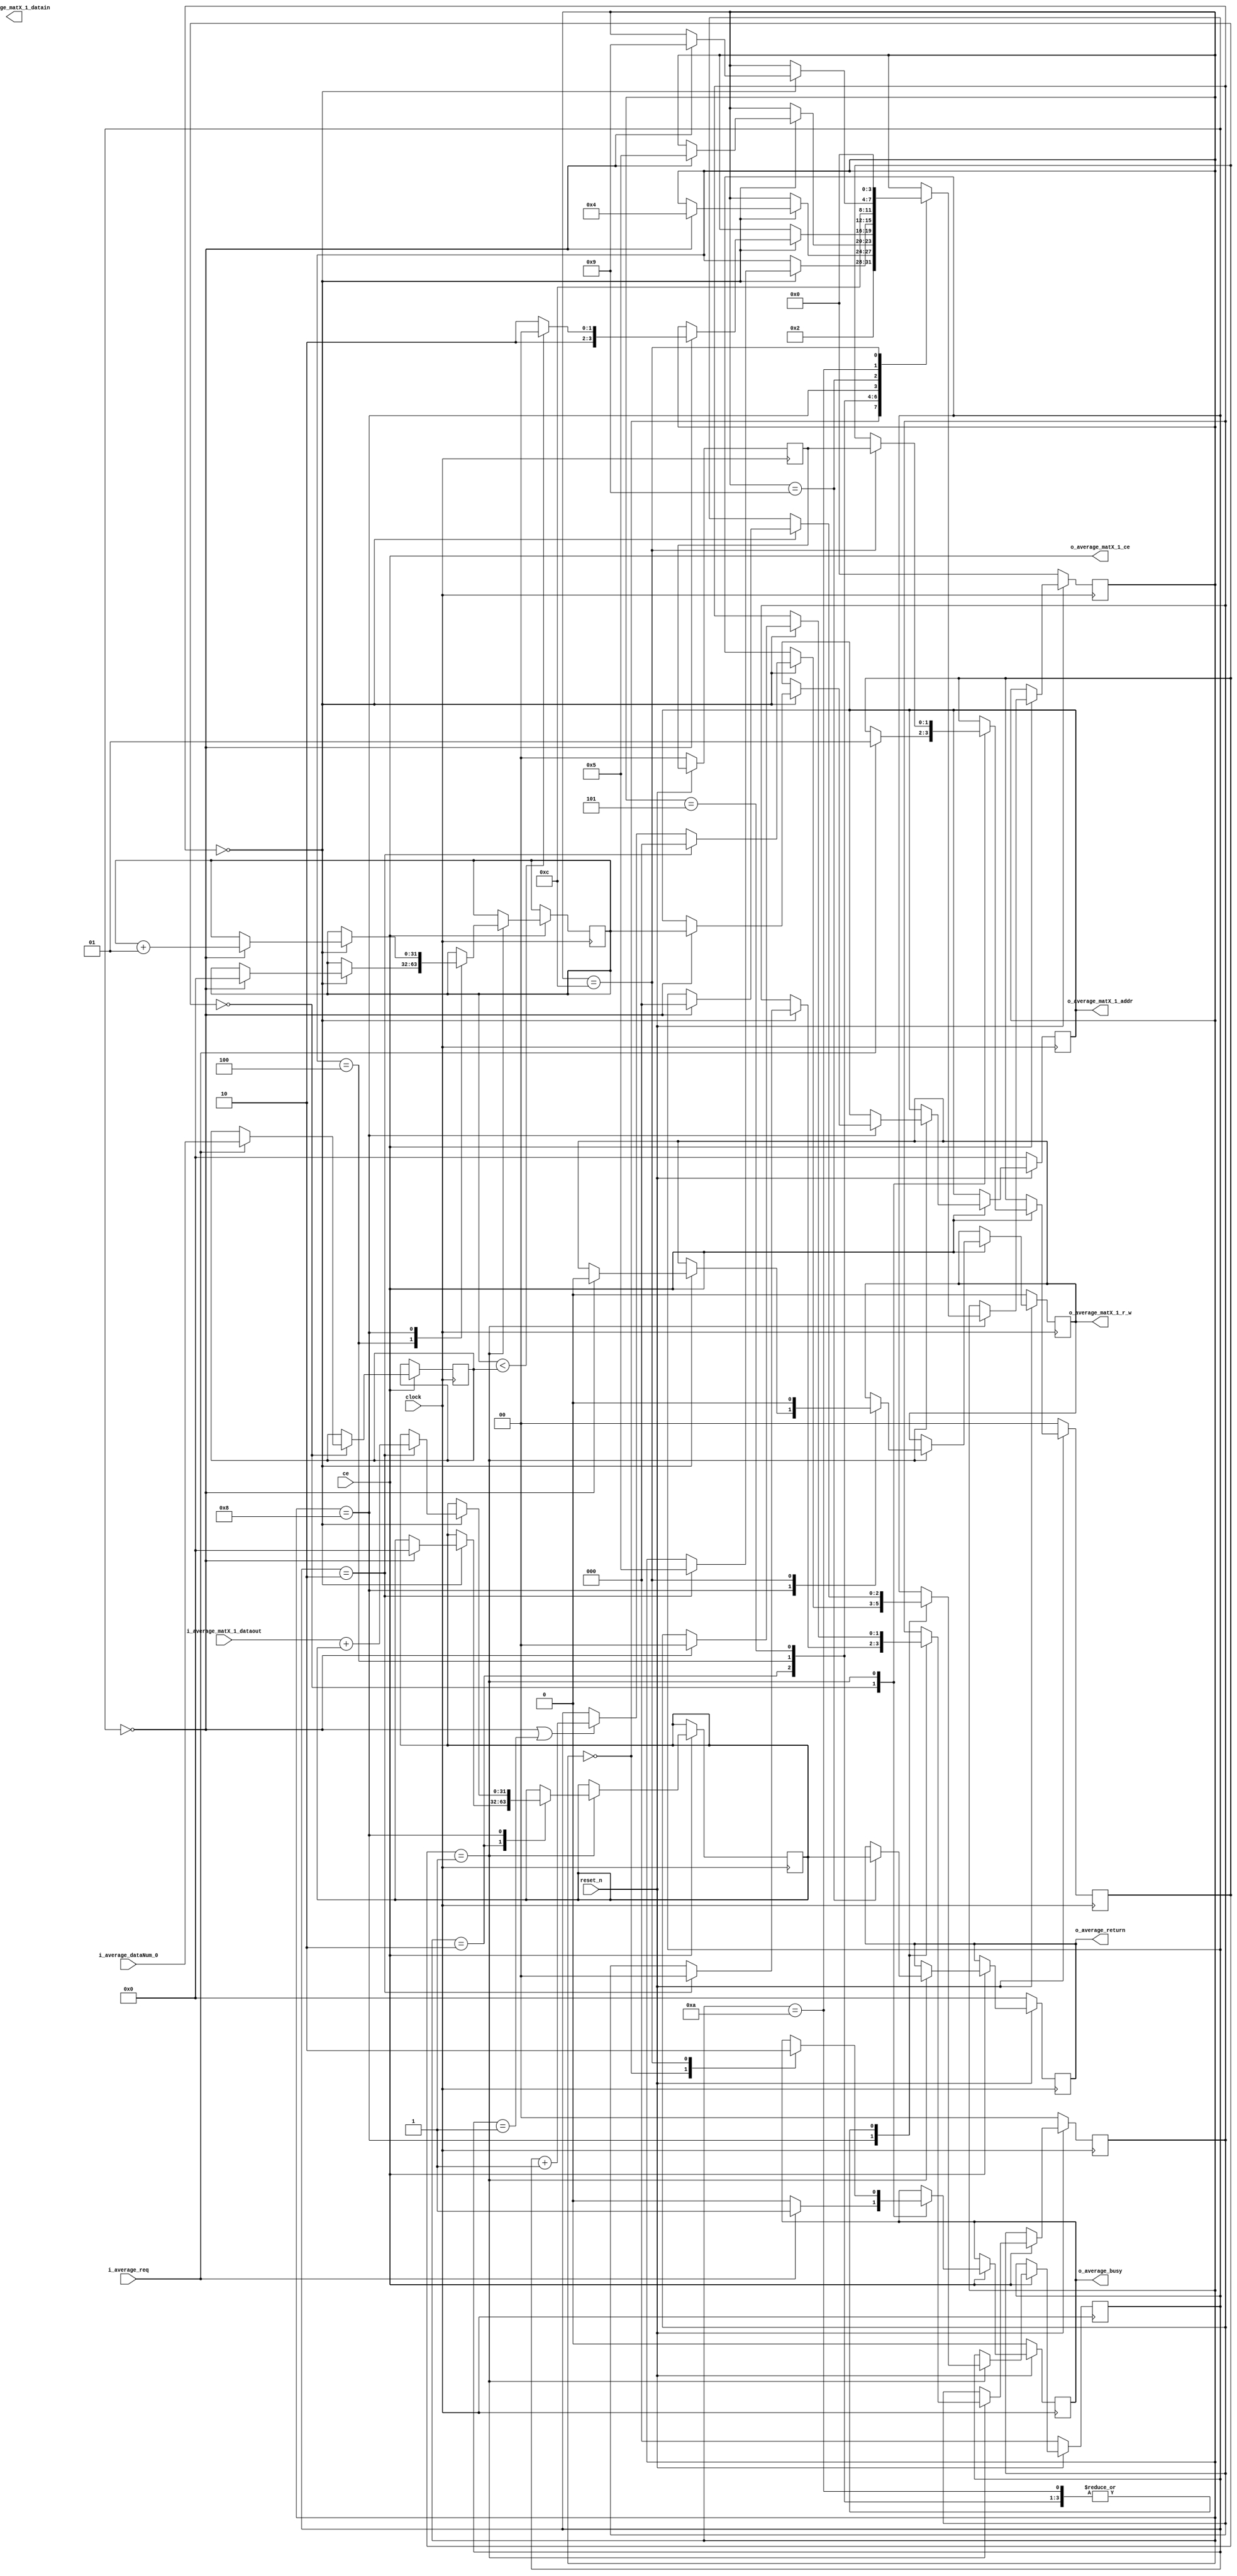
/*
TimeStamp:	2017/1/26		17:30
*/


module PE(
	input                 clock,	
	input                 reset_n,	
	input                 ce,	
	input                 i_average_req,	
	output                o_average_busy,	
	output signed  [31:0] o_average_return,	
	input  signed  [31:0] i_average_dataNum_0,	
	output signed  [31:0] o_average_matX_1_addr,	
	output signed  [31:0] o_average_matX_1_datain,	
	input  signed  [31:0] i_average_matX_1_dataout,	
	output                o_average_matX_1_r_w,	
	output                o_average_matX_1_ce	
);

	reg         [ 1:0] r_sys_processing_methodID;
	wire               w_sys_boolTrue;
	wire               w_sys_boolFalse;
	wire signed [31:0] w_sys_intOne;
	wire signed [31:0] w_sys_intZero;
	wire               w_sys_ce;
	reg  signed [31:0] r_sys_average_return;
	reg         [ 1:0] r_sys_average_caller;
	reg                r_sys_average_req;
	reg         [ 3:0] r_sys_average_phase;
	reg         [ 1:0] r_sys_average_stage;
	reg         [ 2:0] r_sys_average_step;
	reg                r_sys_average_busy;
	wire        [ 1:0] w_sys_average_stage_p1;
	wire        [ 2:0] w_sys_average_step_p1;
	reg  signed [31:0] r_average_dataNum_0;
	reg  signed [31:0] r_average_matX_1_addr;
	reg  signed [31:0] r_average_matX_1_datain;
	wire signed [31:0] w_average_matX_1_dataout;
	reg                r_average_matX_1_r_w;
	wire signed [31:0] w_average_matX_1_addr;
	wire signed [31:0] w_average_matX_1_datain;
	wire               w_average_matX_1_r_w;
	wire               w_average_matX_1_ce;
	wire               w_average_matX_1_cacheHit;
	reg  signed [31:0] r_average_i_2;
	reg  signed [31:0] r_average_average_3;
	wire               w_sys_tmp1;
	wire signed [31:0] w_sys_tmp3;
	wire signed [31:0] w_sys_tmp4;
	wire signed [31:0] w_sys_tmp5;
	wire signed [31:0] w_sys_tmp6;

	assign w_sys_boolTrue = 1'b1;
	assign w_sys_boolFalse = 1'b0;
	assign w_sys_intOne = 32'sh1;
	assign w_sys_intZero = 32'sh0;
	assign w_sys_ce = w_sys_boolTrue & ce & w_average_matX_1_cacheHit;
	assign o_average_busy = r_sys_average_busy;
	assign o_average_return = r_sys_average_return;
	assign w_sys_average_stage_p1 = (r_sys_average_stage + 2'h1);
	assign w_sys_average_step_p1 = (r_sys_average_step + 3'h1);
	assign w_average_matX_1_dataout = i_average_matX_1_dataout;
	assign w_average_matX_1_addr = r_average_matX_1_addr;
	assign w_average_matX_1_datain = r_average_matX_1_datain;
	assign w_average_matX_1_r_w = r_average_matX_1_r_w;
	assign w_average_matX_1_ce = w_sys_ce;
	assign w_average_matX_1_cacheHit = w_sys_boolTrue;
	assign o_average_matX_1_addr = w_average_matX_1_addr;
	assign o_average_matX_1_datain = w_average_matX_1_datain;
	assign o_average_matX_1_r_w = w_average_matX_1_r_w;
	assign o_average_matX_1_ce = w_average_matX_1_ce;
	assign w_sys_tmp1 = (r_average_i_2 < r_average_dataNum_0);
	assign w_sys_tmp3 = (w_sys_tmp4 + r_average_average_3);
	assign w_sys_tmp4 = w_average_matX_1_dataout;
	assign w_sys_tmp5 = (r_average_i_2 + w_sys_intOne);
	assign w_sys_tmp6 = r_average_average_3;


	always@(posedge clock)begin

		if(( !reset_n )) begin
			r_sys_processing_methodID <= 2'h0;

		end
		else
		if(w_sys_ce) begin

			case(r_sys_processing_methodID) 
				2'h0: begin
					r_sys_processing_methodID <= ((i_average_req) ? 2'h1 : r_sys_processing_methodID);
				end

				2'h1: begin

					case(r_sys_average_phase) 
						4'hc: begin
							r_sys_processing_methodID <= r_sys_average_caller;
						end

					endcase
				end

			endcase
		end
	end


	always@(posedge clock)begin

		if(( !reset_n )) begin
			r_sys_average_return <= 32'sh0;

		end
		else
		if(w_sys_ce) begin

			case(r_sys_processing_methodID) 
				2'h1: begin

					case(r_sys_average_phase) 
						4'h9: begin
							r_sys_average_return <= w_sys_tmp6;
						end

					endcase
				end

			endcase
		end
	end


	always@(posedge clock)begin

		if(( !reset_n )) begin
			r_sys_average_caller <= 2'h0;

		end
	end


	always@(posedge clock)begin

		if(( !reset_n )) begin
			r_sys_average_req <= w_sys_boolFalse;

		end
	end


	always@(posedge clock)begin

		if(( !reset_n )) begin
			r_sys_average_phase <= 4'h0;

		end
		else
		if(w_sys_ce) begin

			case(r_sys_processing_methodID) 
				2'h1: begin

					case(r_sys_average_phase) 
						4'h0: begin
							r_sys_average_phase <= 4'h2;
						end

						4'h2: begin

							case(r_sys_average_stage) 
								2'h0: begin
									if((r_sys_average_step==3'h0)) begin
										r_sys_average_phase <= 4'h4;

									end
								end

							endcase
						end

						4'h4: begin

							case(r_sys_average_stage) 
								2'h0: begin
									if((r_sys_average_step==3'h0)) begin
										r_sys_average_phase <= 4'h5;

									end
								end

							endcase
						end

						4'h5: begin

							case(r_sys_average_stage) 
								2'h0: begin
									if((r_sys_average_step==3'h0)) begin
										r_sys_average_phase <= ((w_sys_tmp1) ? 4'h8 : 4'ha);

									end
								end

							endcase
						end

						4'h8: begin

							case(r_sys_average_stage) 
								2'h0: begin
									if((r_sys_average_step==3'h2)) begin
										r_sys_average_phase <= 4'h5;

									end
								end

							endcase
						end

						4'h9: begin
							r_sys_average_phase <= 4'hc;
						end

						4'ha: begin

							case(r_sys_average_stage) 
								2'h0: begin
									if((r_sys_average_step==3'h0)) begin
										r_sys_average_phase <= 4'h9;

									end
								end

							endcase
						end

						4'hc: begin
							r_sys_average_phase <= 4'h0;
						end

					endcase
				end

			endcase
		end
	end


	always@(posedge clock)begin

		if(( !reset_n )) begin
			r_sys_average_stage <= 2'h0;

		end
		else
		if(w_sys_ce) begin

			case(r_sys_processing_methodID) 
				2'h1: begin

					case(r_sys_average_phase) 
						4'h2: begin

							case(r_sys_average_stage) 
								2'h0: begin
									if((r_sys_average_step==3'h0)) begin
										r_sys_average_stage <= 2'h0;

									end
								end

							endcase
						end

						4'h4: begin

							case(r_sys_average_stage) 
								2'h0: begin
									if((r_sys_average_step==3'h0)) begin
										r_sys_average_stage <= 2'h0;

									end
								end

							endcase
						end

						4'h5: begin

							case(r_sys_average_stage) 
								2'h0: begin
									if((r_sys_average_step==3'h0)) begin
										r_sys_average_stage <= 2'h0;

									end
								end

							endcase
						end

						4'h8: begin

							case(r_sys_average_stage) 
								2'h0: begin
									if((r_sys_average_step==3'h2)) begin
										r_sys_average_stage <= 2'h0;

									end
								end

							endcase
						end

						4'ha: begin

							case(r_sys_average_stage) 
								2'h0: begin
									if((r_sys_average_step==3'h0)) begin
										r_sys_average_stage <= 2'h0;

									end
								end

							endcase
						end

					endcase
				end

			endcase
		end
	end


	always@(posedge clock)begin

		if(( !reset_n )) begin
			r_sys_average_step <= 3'h0;

		end
		else
		if(w_sys_ce) begin

			case(r_sys_processing_methodID) 
				2'h1: begin

					case(r_sys_average_phase) 
						4'h2: begin

							case(r_sys_average_stage) 
								2'h0: begin
									if((r_sys_average_step==3'h0)) begin
										r_sys_average_step <= 3'h0;

									end
								end

							endcase
						end

						4'h4: begin

							case(r_sys_average_stage) 
								2'h0: begin
									if((r_sys_average_step==3'h0)) begin
										r_sys_average_step <= 3'h0;

									end
								end

							endcase
						end

						4'h5: begin

							case(r_sys_average_stage) 
								2'h0: begin
									if((r_sys_average_step==3'h0)) begin
										r_sys_average_step <= 3'h0;

									end
								end

							endcase
						end

						4'h8: begin

							case(r_sys_average_stage) 
								2'h0: begin
									if((r_sys_average_step==3'h2)) begin
										r_sys_average_step <= 3'h0;

									end
									else
									if((r_sys_average_step==3'h0) || (r_sys_average_step==3'h1)) begin
										r_sys_average_step <= w_sys_average_step_p1;

									end
								end

							endcase
						end

						4'ha: begin

							case(r_sys_average_stage) 
								2'h0: begin
									if((r_sys_average_step==3'h0)) begin
										r_sys_average_step <= 3'h0;

									end
								end

							endcase
						end

					endcase
				end

			endcase
		end
	end


	always@(posedge clock)begin

		if(( !reset_n )) begin
			r_sys_average_busy <= w_sys_boolFalse;

		end
		else
		if(w_sys_ce) begin

			case(r_sys_processing_methodID) 
				2'h0: begin
					r_sys_average_busy <= ((i_average_req) ? w_sys_boolTrue : w_sys_boolFalse);
				end

				2'h1: begin

					case(r_sys_average_phase) 
						4'h0: begin
							r_sys_average_busy <= w_sys_boolTrue;
						end

						4'hc: begin
							r_sys_average_busy <= w_sys_boolFalse;
						end

					endcase
				end

			endcase
		end
	end


	always@(posedge clock)begin

		if(w_sys_ce) begin

			case(r_sys_processing_methodID) 
				2'h0: begin
					r_average_dataNum_0 <= ((i_average_req) ? i_average_dataNum_0 : r_average_dataNum_0);
				end

			endcase
		end
	end


	always@(posedge clock)begin

		if(( !reset_n )) begin
			r_average_matX_1_addr <= 32'sh0;

		end
		else
		if(w_sys_ce) begin

			case(r_sys_processing_methodID) 
				2'h1: begin

					case(r_sys_average_phase) 
						4'h8: begin

							case(r_sys_average_stage) 
								2'h0: begin
									if((r_sys_average_step==3'h0)) begin
										r_average_matX_1_addr <= r_average_i_2;

									end
								end

							endcase
						end

					endcase
				end

			endcase
		end
	end


	always@(posedge clock)begin

		if(( !reset_n )) begin
			r_average_matX_1_r_w <= w_sys_boolFalse;

		end
		else
		if(w_sys_ce) begin

			case(r_sys_processing_methodID) 
				2'h1: begin

					case(r_sys_average_phase) 
						4'h8: begin

							case(r_sys_average_stage) 
								2'h0: begin
									if((r_sys_average_step==3'h0)) begin
										r_average_matX_1_r_w <= w_sys_boolFalse;

									end
								end

							endcase
						end

						4'hc: begin
							r_average_matX_1_r_w <= w_sys_boolFalse;
						end

					endcase
				end

			endcase
		end
	end


	always@(posedge clock)begin

		if(w_sys_ce) begin

			case(r_sys_processing_methodID) 
				2'h1: begin

					case(r_sys_average_phase) 
						4'h4: begin

							case(r_sys_average_stage) 
								2'h0: begin
									if((r_sys_average_step==3'h0)) begin
										r_average_i_2 <= w_sys_intZero;

									end
								end

							endcase
						end

						4'h8: begin

							case(r_sys_average_stage) 
								2'h0: begin
									if((r_sys_average_step==3'h0)) begin
										r_average_i_2 <= w_sys_tmp5;

									end
								end

							endcase
						end

					endcase
				end

			endcase
		end
	end


	always@(posedge clock)begin

		if(w_sys_ce) begin

			case(r_sys_processing_methodID) 
				2'h1: begin

					case(r_sys_average_phase) 
						4'h2: begin

							case(r_sys_average_stage) 
								2'h0: begin
									if((r_sys_average_step==3'h0)) begin
										r_average_average_3 <= w_sys_intZero;

									end
								end

							endcase
						end

						4'h8: begin

							case(r_sys_average_stage) 
								2'h0: begin
									if((r_sys_average_step==3'h2)) begin
										r_average_average_3 <= w_sys_tmp3;

									end
								end

							endcase
						end

					endcase
				end

			endcase
		end
	end


endmodule